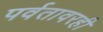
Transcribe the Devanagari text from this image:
पर्वतावरही